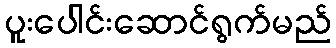
ပူးပေါင်းဆောင်ရွက်မည်